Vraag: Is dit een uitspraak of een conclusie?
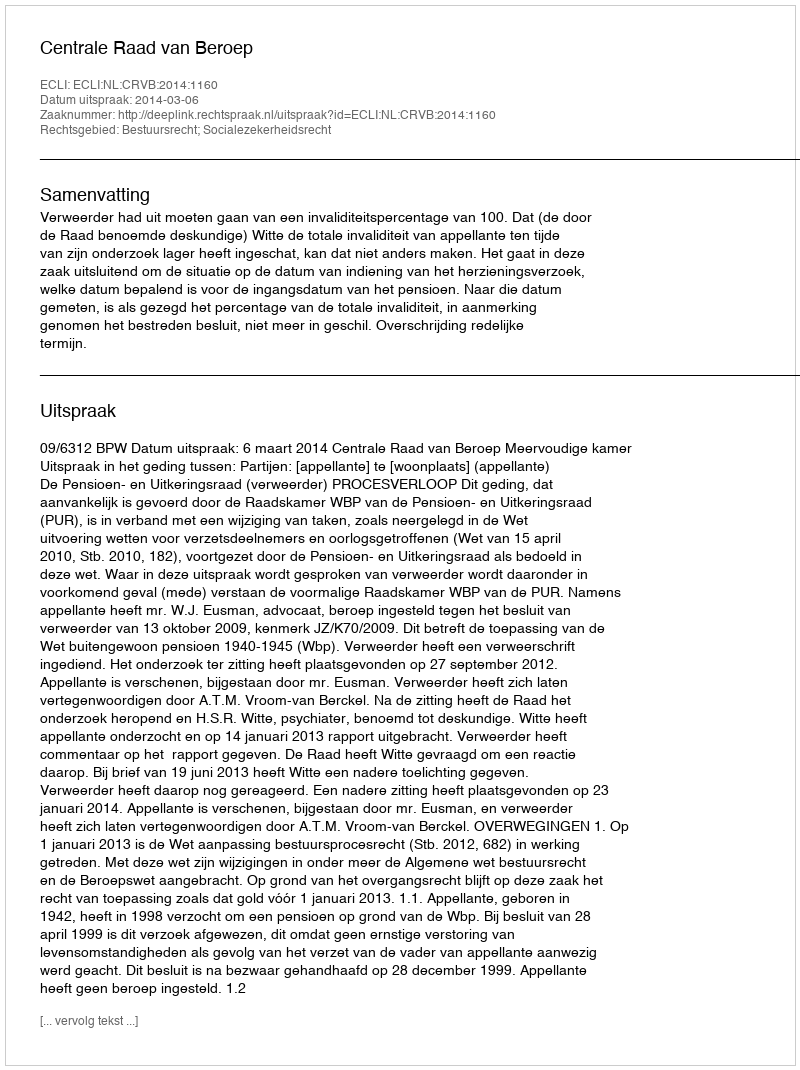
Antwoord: Uitspraak